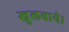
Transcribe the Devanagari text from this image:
खुलवाये।